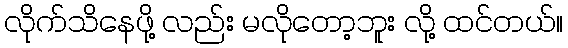
လိုက်သိနေဖို့ လည်း မလိုတော့ဘူး လို့ ထင်တယ်။